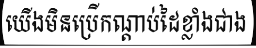
យើងមិនប្រើកណ្តាប់ដៃខ្លាំងជាង